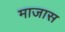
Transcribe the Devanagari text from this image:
माजास